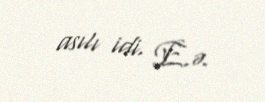
asılı idi. E.ə.